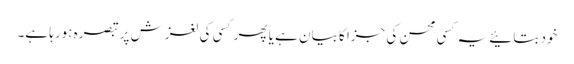
خود بتائیے یہ کسی محسن کی جزا کا بیان ہے یا پھر کسی کی لغزش پر تبصرہ ہورہا ہے۔